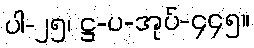
ပါ-၂၅၊ ဋ္ဌ-ပ-အုပ်-၄၄၅။